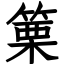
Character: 篥